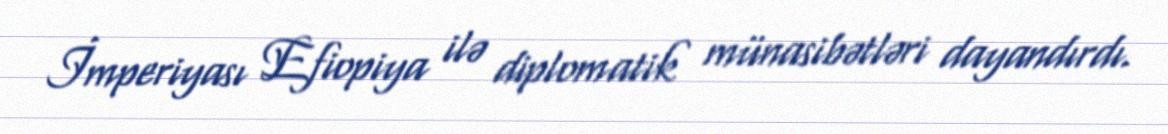
İmperiyası Efiopiya ilə diplomatik münasibətləri dayandırdı.